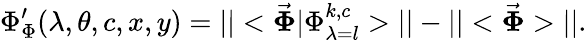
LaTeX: \Phi_{\Phi}^{\prime}(\lambda,\theta,c,x,y)=||<\vec{\boldsymbol{\Phi}}\vert\Phi_{\lambda=l}^{k,c}>||-||<\vec{\boldsymbol{\Phi}}>||.